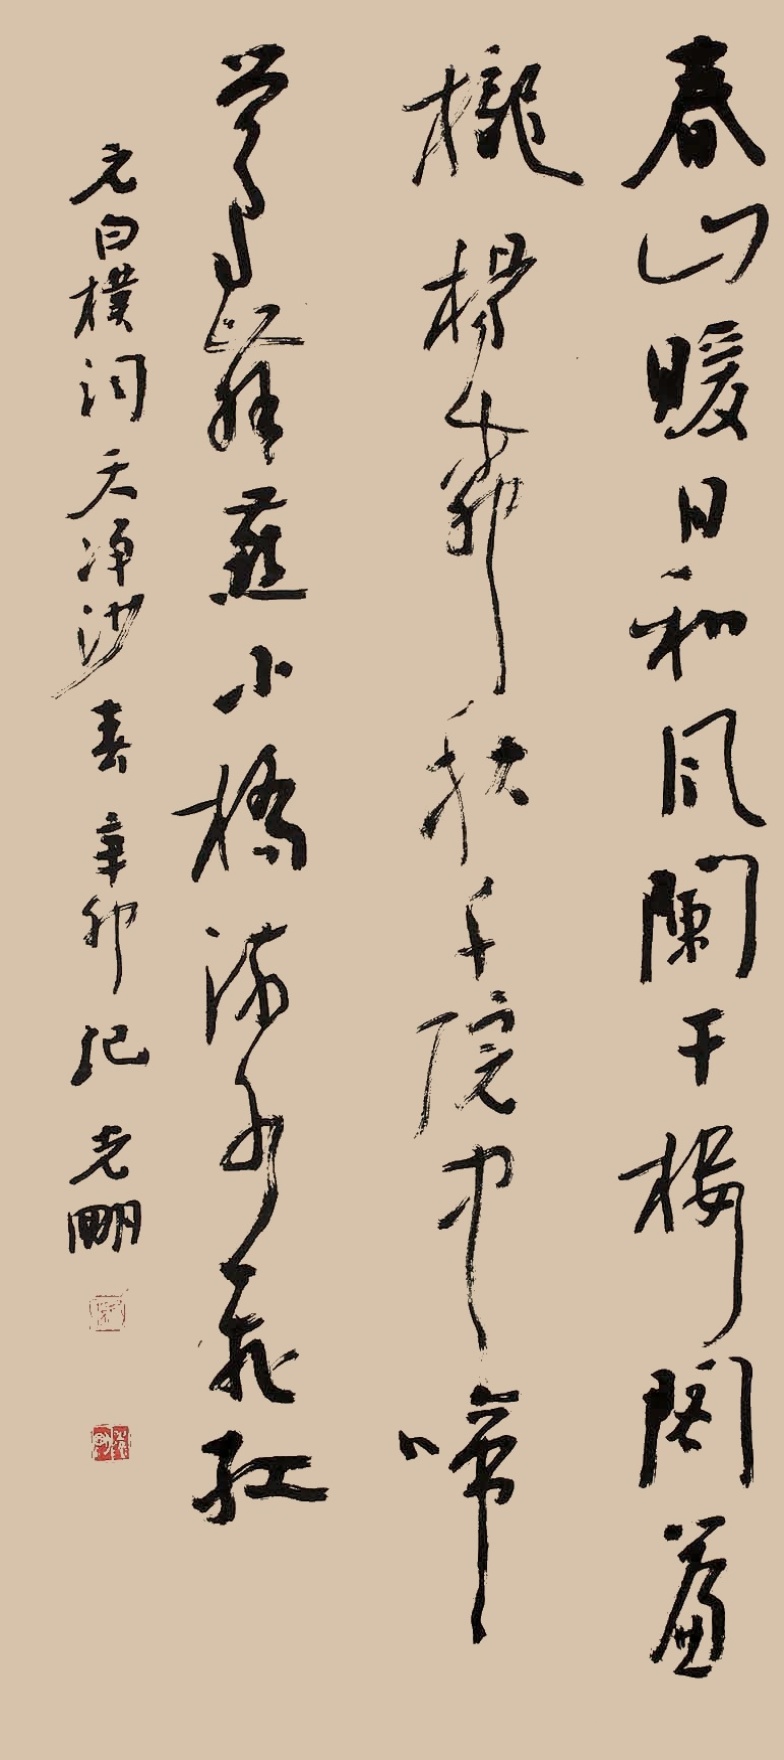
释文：春山暖日和风，阑干楼阁帘栊，杨柳秋千院中。啼莺舞燕，小桥流水飞红。元白朴词《天净沙·春》。辛卯纪光明。